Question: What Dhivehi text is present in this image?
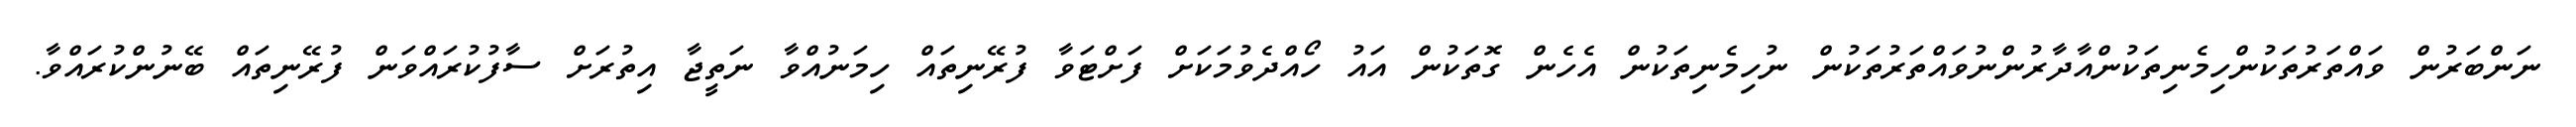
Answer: ނަންބަރުން ވައްތަރުތަކުންހިމެނިތަކުންއާދާރުންނުވައްތަރުތަކުން ނުހިމެނިތަކުން އެހެން ގޮތަކުން އައު ހޯއްދެވުމަކަށް ފަށްޓަވާ ފުރޭނިތައް ހިމަނުއްވާ ނަތީޖާ އިތުރަށް ސާފުކުރައްވަން ފުރޭނިތައް ބޭނުންކުރައްވާ.